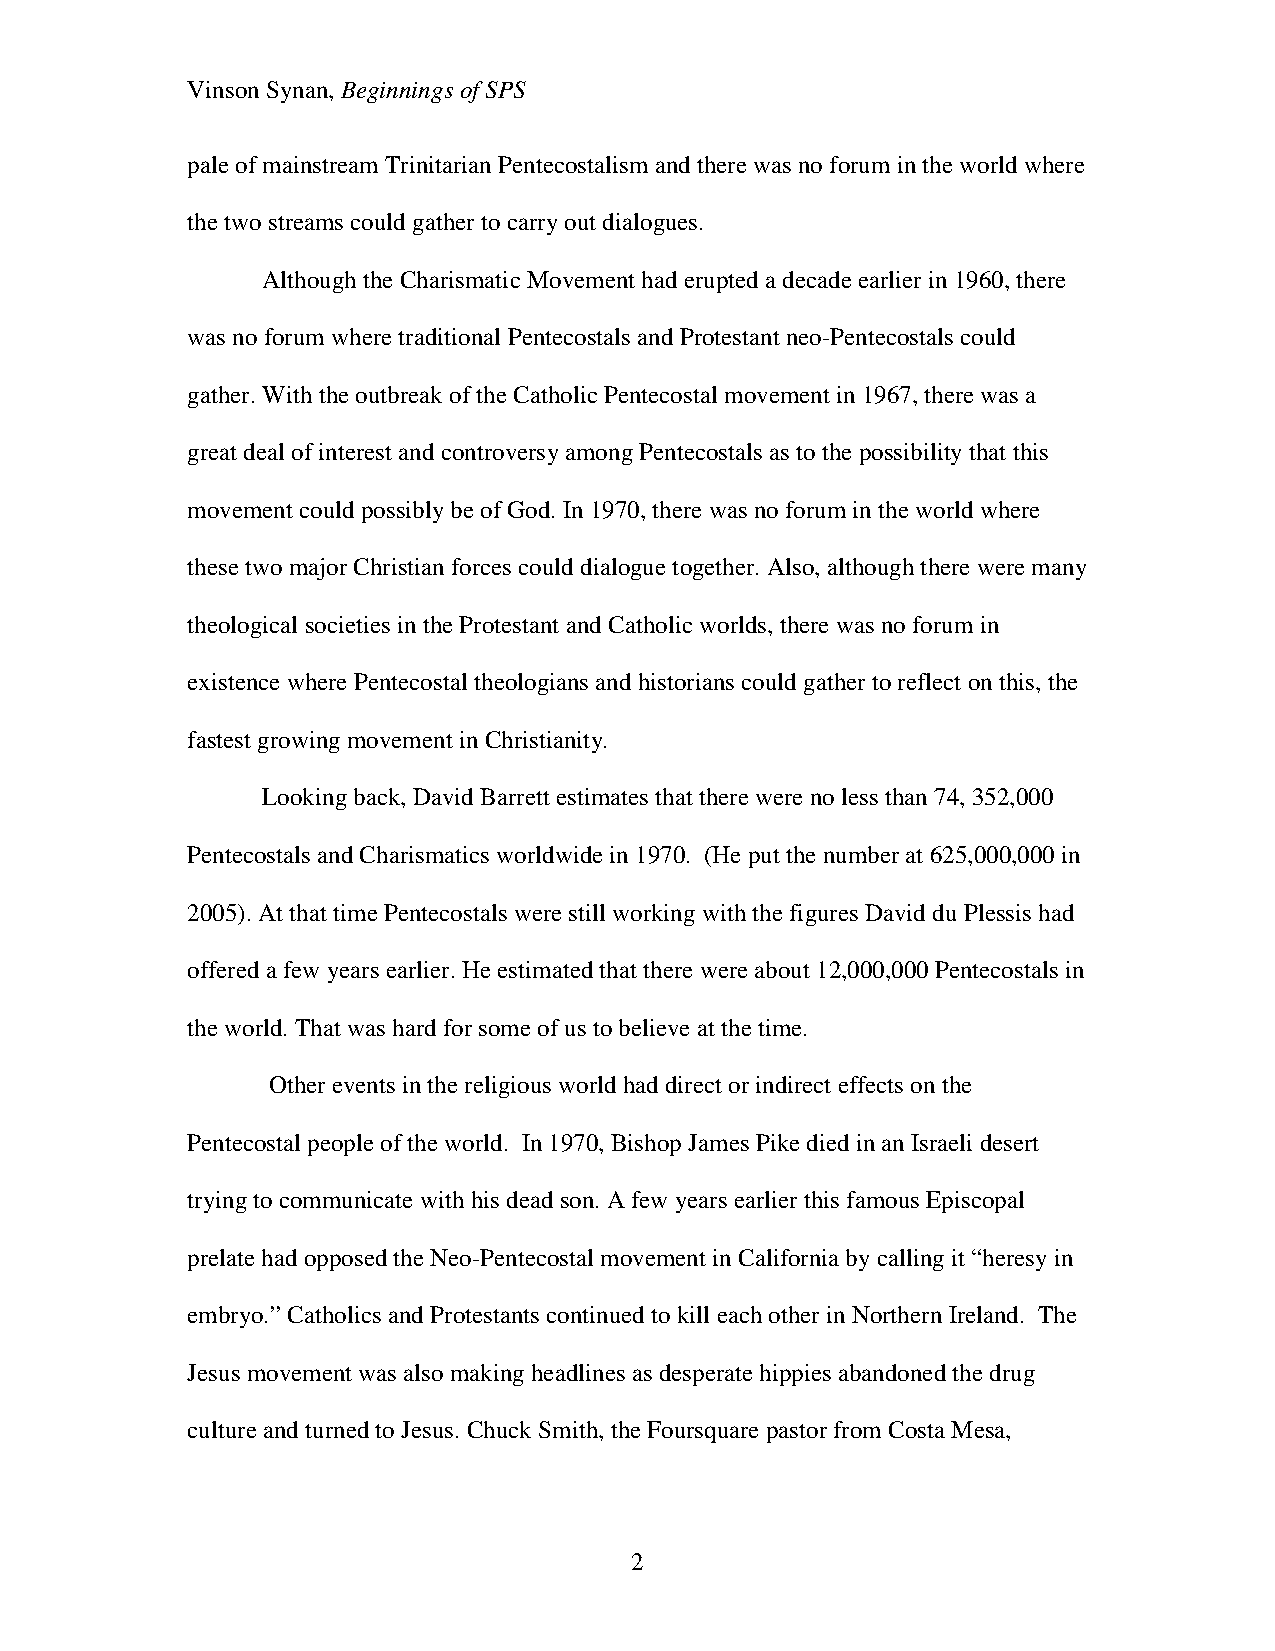
Vinson Synan, Beginnings of SPS
 pale of mainstream Trinitarian Pentecostalism and there was no forum in the world where
 the two streams could gather to carry out dialogues.
 Although the Charismatic Movement had erupted a decade earlier in 1960, there
 was no forum where traditional Pentecostals and Protestant neo-Pentecostals could
 gather. With the outbreak of the Catholic Pentecostal movement in 1967, there was a
 great deal of interest and controversy among Pentecostals as to the possibility that this
 movement could possibly be of God. In 1970, there was no forum in the world where
 these two major Christian forces could dialogue together. Also, although there were many
 theological societies in the Protestant and Catholic worlds, there was no forum in
 existence where Pentecostal theologians and historians could gather to reflect on this, the
 fastest growing movement in Christianity.
 Looking back, David Barrett estimates that there were no less than 74, 352,000
 Pentecostals and Charismatics worldwide in 1970. (He put the number at 625,000,000 in
 2005). At that time Pentecostals were still working with the figures David du Plessis had
 offered a few years earlier. He estimated that there were about 12,000,000 Pentecostals in
 the world. That was hard for some of us to believe at the time.
 Other events in the religious world had direct or indirect effects on the
 Pentecostal people of the world. In 1970, Bishop James Pike died in an Israeli desert
 trying to communicate with his dead son. A few years earlier this famous Episcopal
 prelate had opposed the Neo-Pentecostal movement in California by calling it “heresy in
 embryo.” Catholics and Protestants continued to kill each other in Northern Ireland. The
 Jesus movement was also making headlines as desperate hippies abandoned the drug
 culture and turned to Jesus. Chuck Smith, the Foursquare pastor from Costa Mesa,
 2